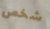
شخص